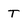
Character: T